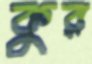
কুর